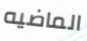
الماضيه